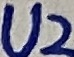
Text: U2